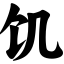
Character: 饥